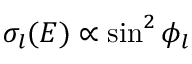
\sigma _ { l } ( E ) \propto \sin ^ { 2 } \phi _ { l }